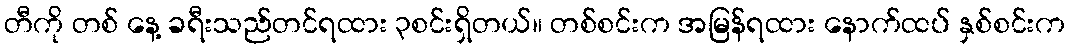
တီကို တစ် နေ့ ခရီးသည်တင်ရထား ၃စင်းရှိတယ်။ တစ်စင်းက အမြန်ရထား နောက်ထပ် နှစ်စင်းက